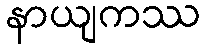
နာယျကဿ